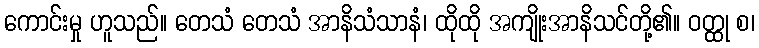
ကောင်းမှု ဟူသည်။ တေသံ တေသံ အာနိသံသာနံ၊ ထိုထို အကျိုးအာနိသင်တို့၏။ ဝတ္ထု စ၊